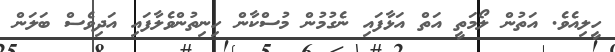
ހީލިއެވެ. އަތުން ލޯމަތީ އަތް އަޅާފައި ނެގުމުން މުސްކާން ހިނިތުންވެލާފައި އަދިވެސް ބަލަން